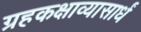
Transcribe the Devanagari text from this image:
ग्रहकक्षाव्यासार्धं